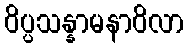
ဝိပ္ပသန္နာမနာဝိလာ